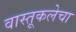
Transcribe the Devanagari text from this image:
वास्तूकलेचा